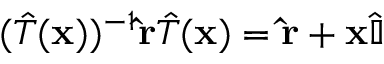
( { \hat { T } } ( \mathbf { x } ) ) ^ { - 1 } \mathbf { \hat { r } } { \hat { T } } ( \mathbf { x } ) = \mathbf { \hat { r } } + \mathbf { x } { \hat { \mathbb { I } } }